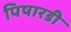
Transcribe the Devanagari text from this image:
पिषारडी